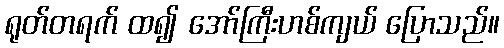
ရုတ်တရက် ထ၍ အော်ကြီးဟစ်ကျယ် ပြောသည်။